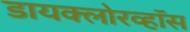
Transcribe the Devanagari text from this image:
डायक्लोरव्हॉस